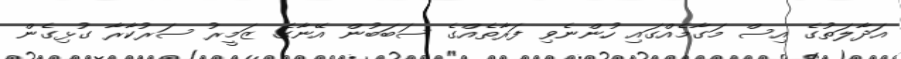
އަދާލަތުގެ އިސް މަގާމެއްގައި ހުންނެވި ފަރާތެއްގެ ސަބަބުން އޭނާގެ ޒަމީރު ސަރުކާރާ ގުޅިގެން